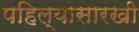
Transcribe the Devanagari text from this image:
पहिल्यासारखी